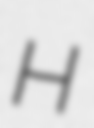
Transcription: H